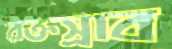
রক্তস্রাব